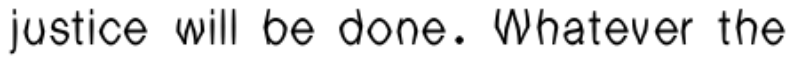
justice will be done. Whatever the